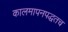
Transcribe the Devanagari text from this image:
कालमापनपद्धतच